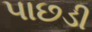
પાછડી